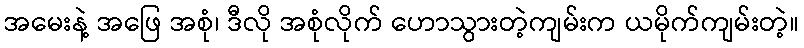
အမေးနဲ့ အဖြေ အစုံ၊ ဒီလို အစုံလိုက် ဟောသွားတဲ့ကျမ်းက ယမိုက်ကျမ်းတဲ့။